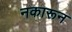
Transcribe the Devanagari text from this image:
नकारून